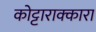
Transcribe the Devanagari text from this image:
कोट्टाराक्कारा